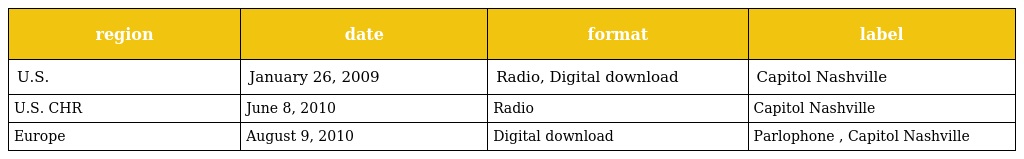
| region | date | format | label |
 | --- | --- | --- | --- |
 | U.S. | January 26, 2009 | Radio, Digital download | Capitol Nashville |
 | U.S. CHR | June 8, 2010 | Radio | Capitol Nashville |
 | Europe | August 9, 2010 | Digital download | Parlophone , Capitol Nashville |